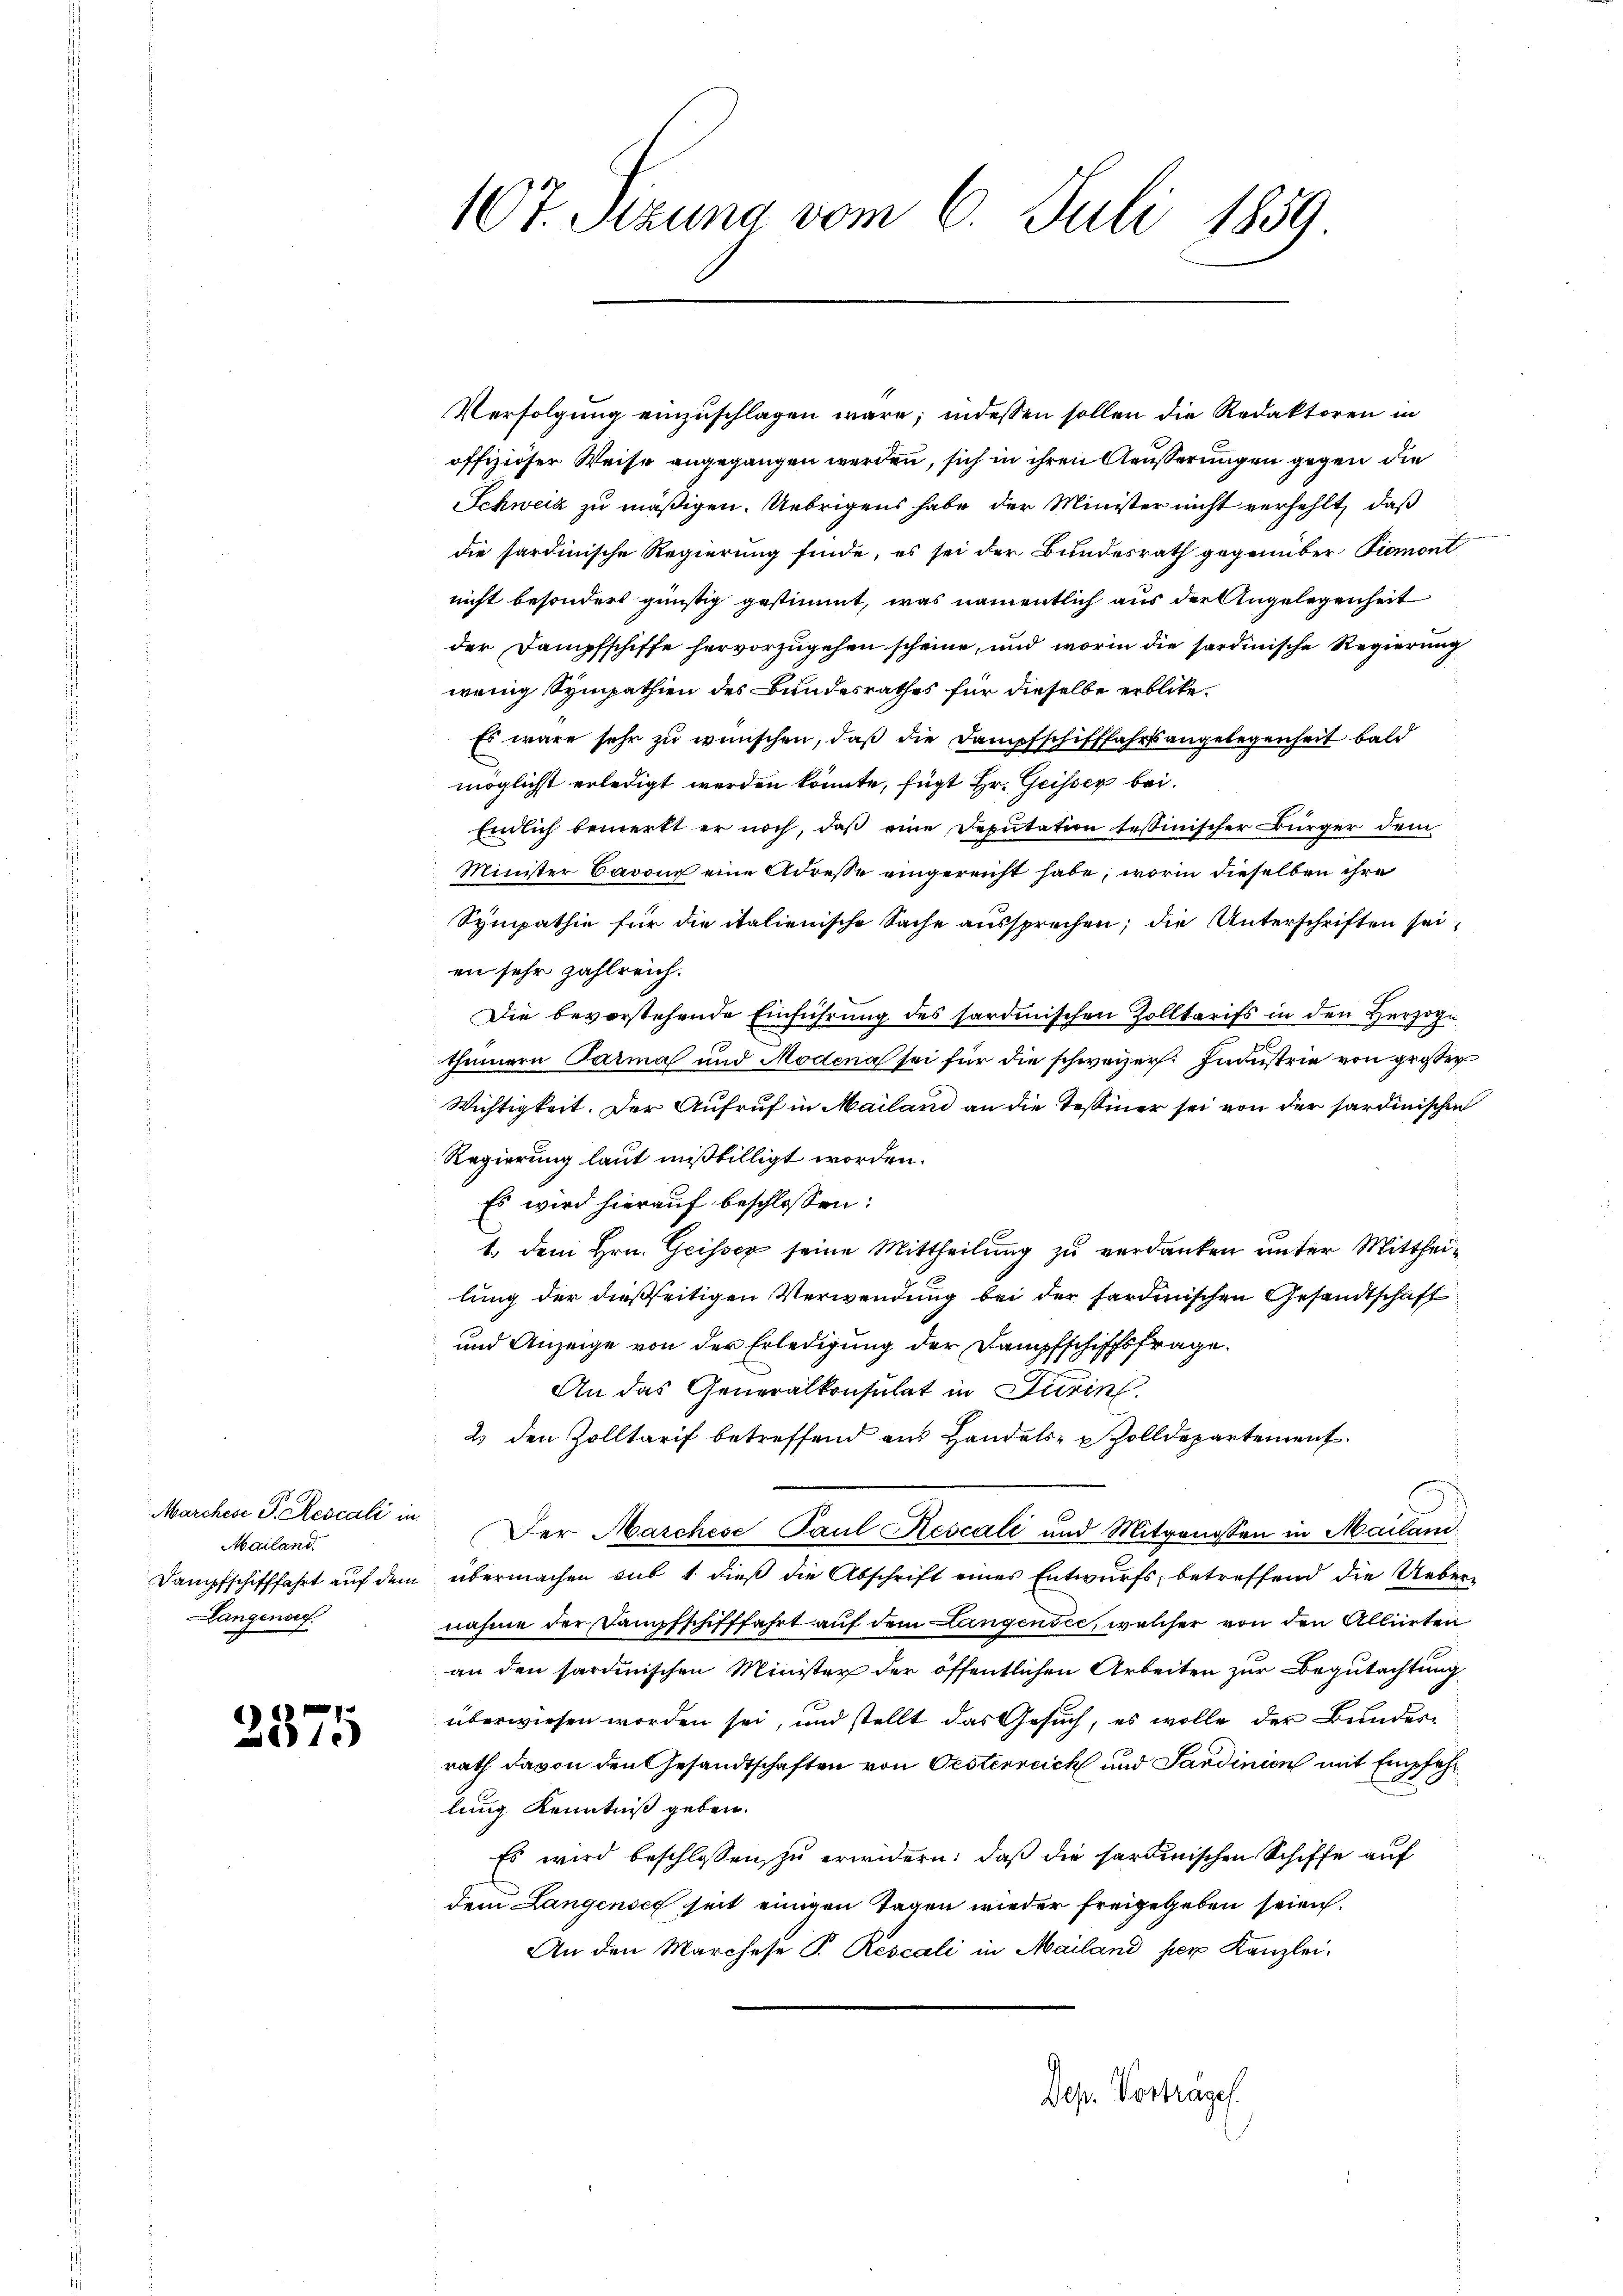
Marchese S. Rescali in
Mailand
Langenser

237

107. Setzung vom 6. Juli 1859

Verfolgung einzuschlagen wäre; indessen sollen die Redaktoren in
offiziöser Weise angegangen werden, sich in ihren Aeußerungen gegen die
Schweiz zu mäßigen. Uebrigens habe der Minister nicht verhehlt, daß
die sardinische Regierung finde, es sei der Bundesrath gegenüber Piemont
nicht besondert günstig gestimmt, was namentlich aus der Angelegenheit
der Dampfschiffe hervorzugehen scheine, und worin die sardinische Regierung
wenig Sympathien des Bundesrathes für dieselbe erblicke.
Es wäre sehr zu wünschen, daß die Dampfschifffahrtsangelegenheit bald
möglichst erledigt werden könnte, fügt Hr. Geisser bei.
Endlich bemerkt er noch, daß eine Deputation tessinischer Bürger dem
Minister Baron eine Adresse eingereicht habe, worin dieselben ihre
Sympathie für die italienische Sache aussprechen; die Unterschriften sei
en sehr zahlreich.
Die bevorstehende Einführung des sardinischen Zolltarifs in den Herzoge
thümern Parmal und Modena sei für die schweizer. Industrie von großer
Wichtigkeit. Der Aufruf in Mailand an die Tessiner sei von der sardinischen
Regierung laut mißbilligt worden.
Es wird hierauf beschlossen:
1. dem Hrn. Geisser seine Mittheilung zu verdanken unter Mittheilung der dießseitigen Verwendung bei der sardinischen Gesandtschaft
und Anzeige von der Erledigung der Dampfschiffsfrage
An das Generalkonsulat in Turin
2. den Zolltarif betreffend aus Handels- Zolldepartement.
Der Marchese Paul Rescale und Mitgenossen in Mailani
Dampfschifffahrt auf dem übermachen sub 1. dieß die Abschrift eines Entwurfs, betreffend die Uebernahme der Dampfschifffahrt auf dem Langensee, welcher von den Alliirten
an den sardinischen Minister der öffentlichen Arbeiten zur Begutachtung
überwiesen worden sei, und stellt das Gesuch, es wolle der Bundesrath davon den Gesandtschaften von Oesterreich und Sardinien mit Empfehlung Kenntniß geben.
Es wird beschlossen zu erwidern, daß die sardinischen Schiffe auf
dem Langensch seit einigen Tagen wieder freigegeben seien.
An den Marchese S. Rescali in Mailand per Kanzlei,
Dep. Vorträge.